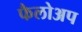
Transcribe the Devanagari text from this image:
फैलोअप